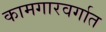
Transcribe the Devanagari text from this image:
कामगारवर्गात